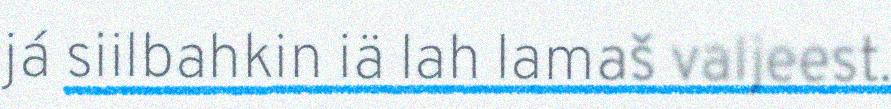
já siilbahkin iä lah lamaš valjeest.